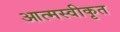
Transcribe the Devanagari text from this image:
आत्‍मस्‍वीकृत